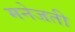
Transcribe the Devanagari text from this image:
मनेजती